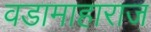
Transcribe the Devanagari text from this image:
वडामाहाराज